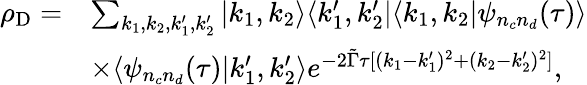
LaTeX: \begin{array}{rl}{\rho_{\mathrm{D}}=}&{\sum_{k_{1},k_{2},k_{1}^{\prime},k_{2}^{\prime}}|k_{1},k_{2}\rangle\langle k_{1}^{\prime},k_{2}^{\prime}|\langle k_{1},k_{2}|\psi_{n_{c}n_{d}}(\tau)\rangle}\\ &{\times\langle\psi_{n_{c}n_{d}}(\tau)|k_{1}^{\prime},k_{2}^{\prime}\rangle e^{-2\tilde{\Gamma}\tau[(k_{1}-k_{1}^{\prime})^{2}+(k_{2}-k_{2}^{\prime})^{2}]},}\end{array}